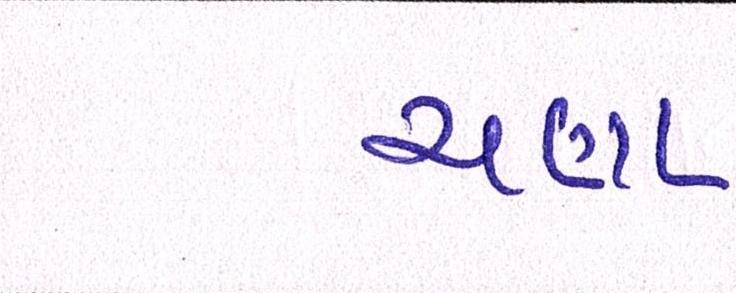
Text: ચણા